Annual administration report of the Civil Veterinary Department of India - 1907-1908
Year: 1907
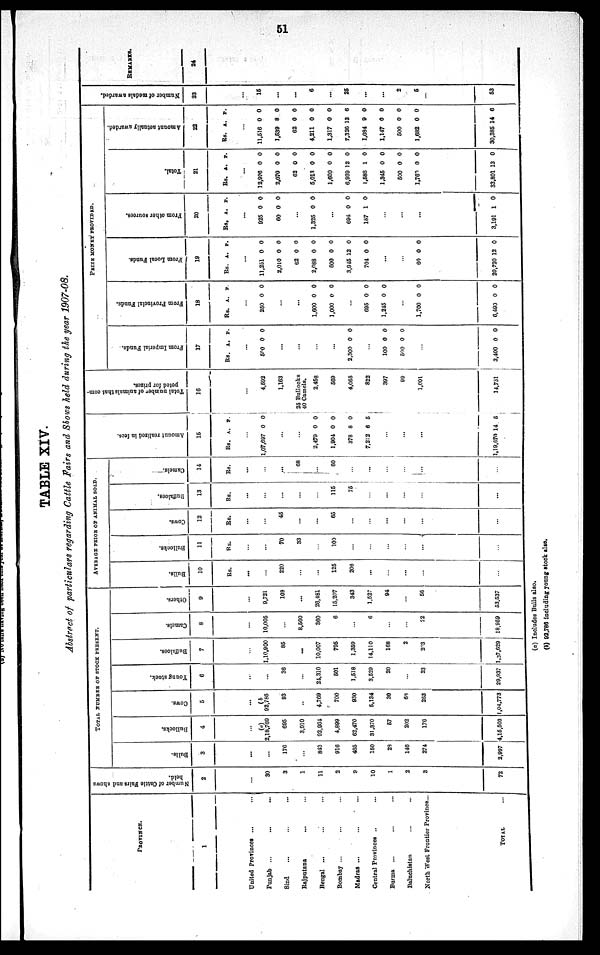
51
TABLE XIV.
Abstract of particulars regarding Cattle Fairs and Shows held during the year 1907-08.
PROVINCE.
1
United Provinces ...
Punjab ... ... ...
Sind ... ... ...
Rajputana ... ...
Bengal ... ... ...
Bombay ... ... ...
Madras ... ... ...
Central Provinces .. ...
Burma
... ... ...
Baluchistan ... ...
North West Frontier Province...
TOTAL ...
Number of Cattle Fairs and shows
held.
2
...
30
3
1
11
2
9
10
1
2
3
72
TOTAL NUMBER OF STOCK PRESENT.
Bulls.
3
...
...
176
...
842
916
465
150
29
146
274
2,997
Bullocks.
4
...
(a)
2,18,760
695
3,910
92,964
4,899
62,470
31,370
57
202
176
4,15,503
Cows.
5
...
(b)
92,786
93
...
4,769
700
930
5,134
30
68
263
1,04,773
Young stock.
6
...
...
36
...
24,310
501
1,518
3,529
20
...
23
29,937
Buffaloes.
7
...
1,10,900
85
...
10,007
795
1,359
14,110
168
2
23
1,37,629
Camels.
8
...
10,005
...
8,560
360
6
...
6
...
...
22
18,959
Others.
9
...
9,721
103
...
26,481
15,207
343
1,527
94
...
56
53,537
AVERAGE PRICE OF ANIMAL SOLD.
Bulls.
10
Rs.
...
...
220
...
...
125
206
...
...
...
...
...
Bullocks.
11
Rs.
...
...
70
33
...
100
...
...
...
...
...
...
Cows.
12
Rs.
...
...
45
...
...
65
...
...
...
...
...
...
Buffaloes.
13
Rs.
...
...
...
...
...
115
76
...
...
...
...
...
Camels.
14
Rs.
...
...
...
68
...
60
...
...
...
...
...
...
Amo u n t r eal i zed in fees.
15
Rs.
...
1,07,697
...
...
2,479
1,904
378
7,212
...
...
...
1,19,670
A.
0
0
0
8
6
14
P.
0
0
0
0
5
6
Total number of animals that com-
peted for prizes.
16
...
...
4,593
1,163
25 Bullocks
40 Camels.
2,458
589
4,065
822
397
99
1,001
14,731
PRIZE MONEY PROVIDED.
Fr om
I mper i
al Funds .
17
Rs.
...
500
...
...
...
...
2,300
...
100
500
...
3,400
A.
0
0
0
0
0
P.
0
0
0
0
0
Fr om P r o v i n c i a l Funds .
18
Rs.
...
250
...
...
1,600
1,000
...
695
1,245
...
1,700
6,490
A.
0
0
0
0
0
0
0
P.
0
0
0
0
0
0
0
Fr om Local Funds .
19
Rs.
...
11,251
2,010
62
2,088
600
3,945
704
...
...
60
20,720
A.
0
0
0
0
0
12
0
0
12
P.
0
0
0
0
0
0
0
0
0
Fr om ot her s our ces .
20
Rs.
...
925
60
...
1,325
...
694
187
...
...
...
3,191
A.
0
0
0
0
1
1
P.
0
0
0
0
0
0
Tot al .
21
Rs.
...
12,926
2,070
62
5,013
1,600
6,939
1,586
1,346
500
1,760
33,801
A.
0
0
0
0
0
12
1
0
0
0
13
P.
0
0
0
0
0
0
0
0
0
0
0
Amo u n t actually awarded.
22
Rs.
...
11,516
1,539
62
4,211
1,317
7,326
1,084
1,147
500
1,682
30,385
A.
0
8
0
0
0
13
9
0
0
0
14
P.
0
0
0
0
0
6
0
0
0
0
6
Number of medals awarded.
23
...
15
...
...
6
...
25
...
...
2
5
53
REMARKS.
24
(a) Includes Bulls also.
(b) 92,786 including young stock also.